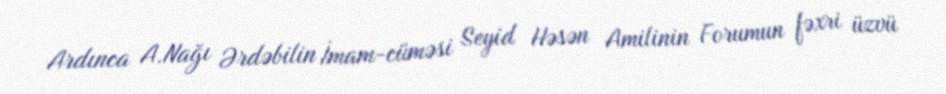
Ardınca A.Nağı Ərdəbilin İmam-cüməsi Seyid Həsən Amilinin Forumun fəxri üzvü